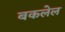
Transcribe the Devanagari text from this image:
बकलेल